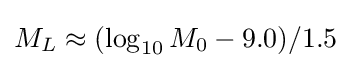
M_{L}\approx (\log _{10}M_{0}-9.0)/1.5